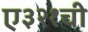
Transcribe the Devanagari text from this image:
ए३२१ची